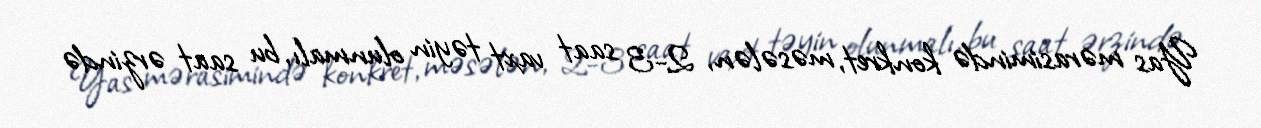
Yas mərasimində konkret, məsələn, 2-3 saat vaxt təyin olunmalı, bu saat ərzində